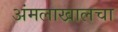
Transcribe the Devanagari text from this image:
अंमलाखालचा